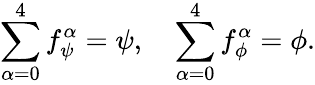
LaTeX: \sum_{\alpha=0}^{4}f_{\psi}^{\alpha}=\psi,\quad\sum_{\alpha=0}^{4}f_{\phi}^{\alpha}=\phi.